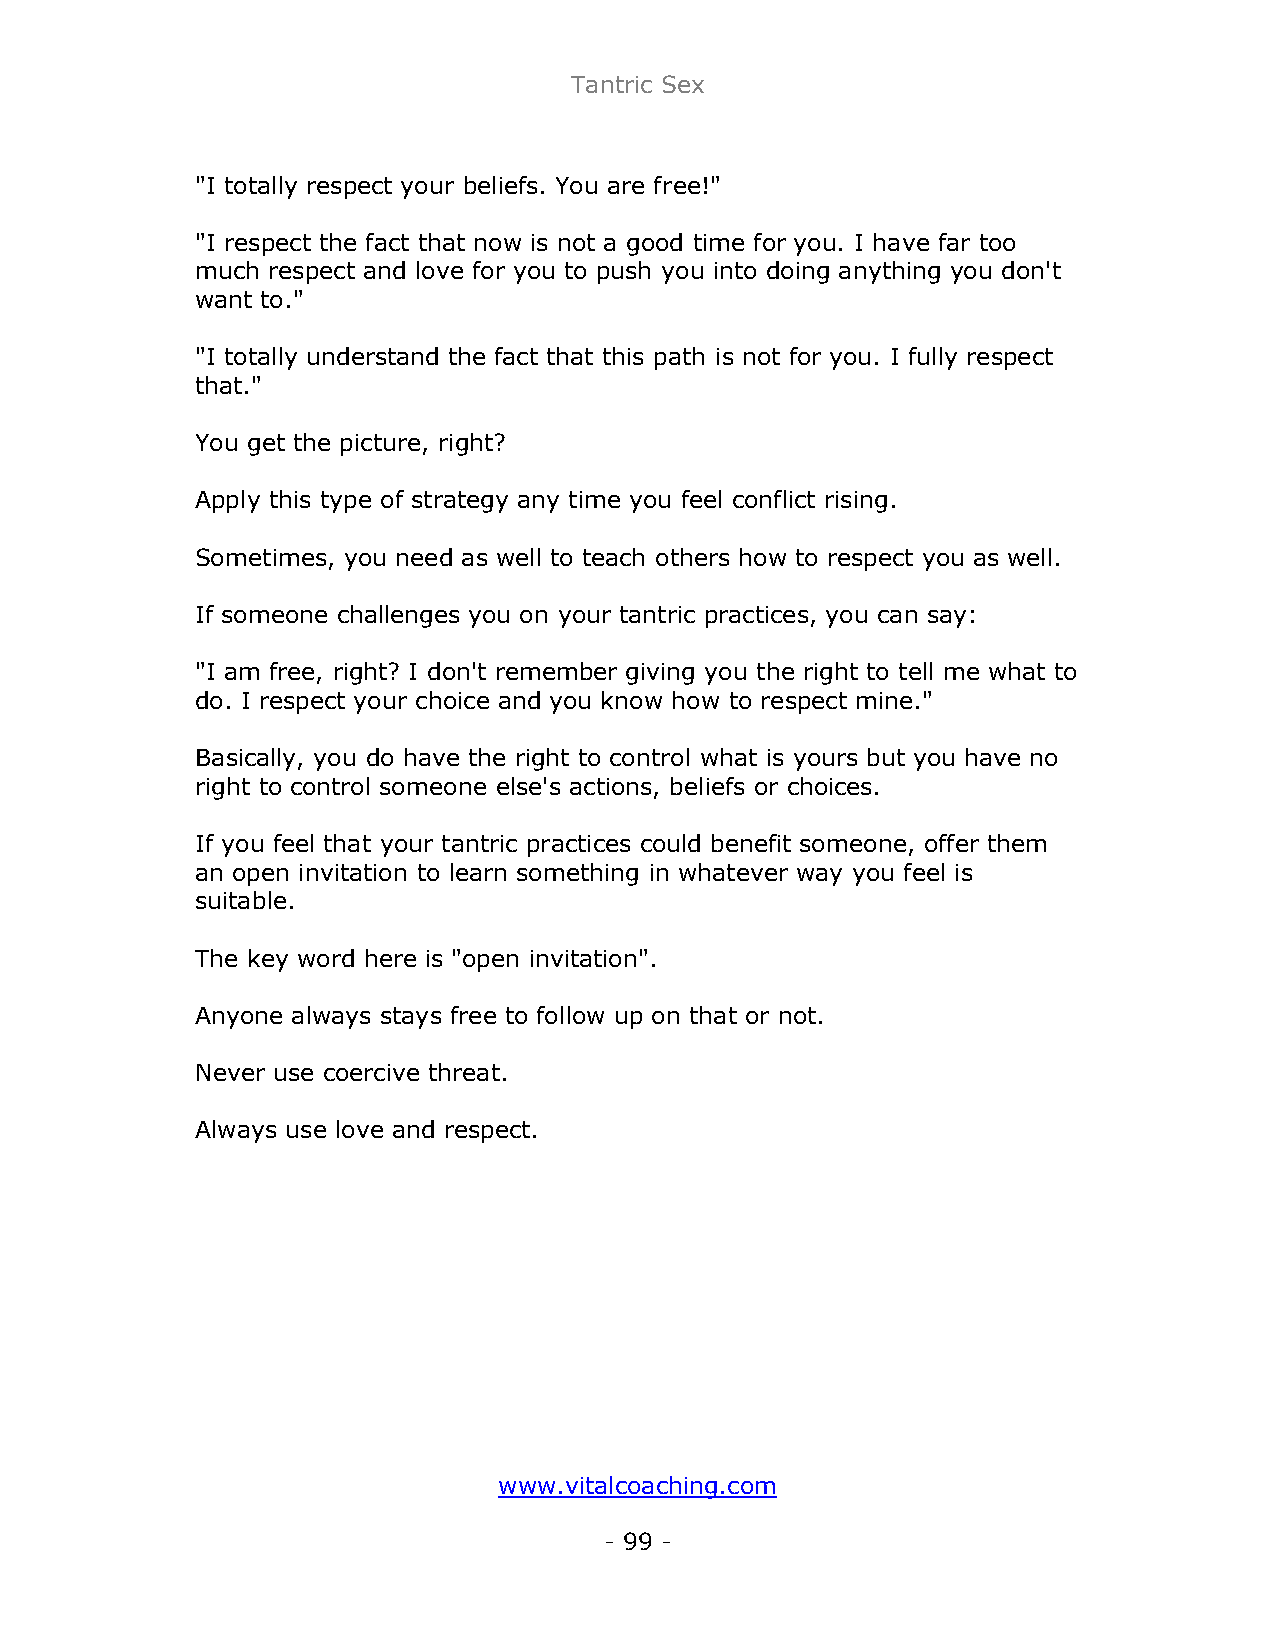
Tantric Sex
 "I totally respect your beliefs. You are free!"
 "I respect the fact that now is not a good time for you. I have far too
 much respect and love for you to push you into doing anything you don't
 want to."
 "I totally understand the fact that this path is not for you. I fully respect
 that."
 You get the picture, right?
 Apply this type of strategy any time you feel conflict rising.
 Sometimes, you need as well to teach others how to respect you as well.
 If someone challenges you on your tantric practices, you can say:
 "I am free, right? I don't remember giving you the right to tell me what to
 do. I respect your choice and you know how to respect mine."
 Basically, you do have the right to control what is yours but you have no
 right to control someone else's actions, beliefs or choices.
 If you feel that your tantric practices could benefit someone, offer them
 an open invitation to learn something in whatever way you feel is
 suitable.
 The key word here is "open invitation".
 Anyone always stays free to follow up on that or not.
 Never use coercive threat.
 Always use love and respect.
 www.vitalcoaching.com
 - 99 -